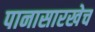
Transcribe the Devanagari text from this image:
पानासारखेच